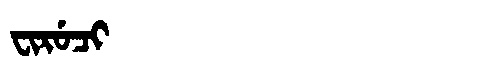
Manchu: ᠸᡳᡵᡠᠴᡳ
Romanization: FIRUCI